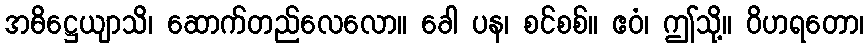
အဓိဋ္ဌေယျာသိ၊ ဆောက်တည်လေလော။ ခေါ ပန၊ စင်စစ်။ ဧဝံ၊ ဤသို့။ ဝိဟရတော၊